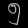
Digit: ၅